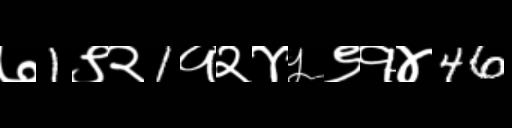
Text: ७1९२1१२४५९१४46